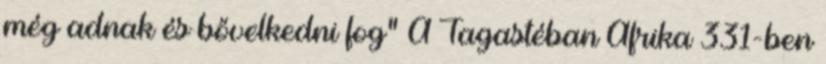
még adnak és bővelkedni fog” A Tagastéban Afrika 331-ben